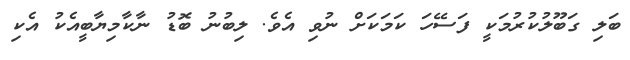
ބަލި ގަބޫލުކުރުމަކީ ފަސޭހަ ކަމަކަށް ނުވި އެވެ. ލިބުނު ބޮޑު ނާކާމިޔާބީއެކު އެކި